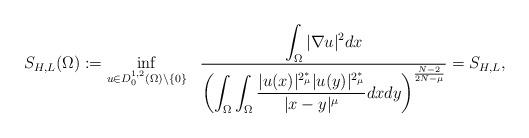
LaTeX: \begin{align*}S_{H,L}(\Omega):=\displaystyle\inf\limits_{u\in D_{0}^{1,2}(\Omega)\backslash\{{0}\}}\ \ \frac{\displaystyle\int_{\Omega}|\nabla u|^{2}dx}{\left(\displaystyle\int_{\Omega}\int_{\Omega}\frac{|u(x)|^{2_{\mu}^{\ast}}|u(y)|^{2_{\mu}^{\ast}}}{|x-y|^{\mu}}dxdy\right)^{\frac{N-2}{2N-\mu}}}=S_{H,L},\end{align*}